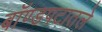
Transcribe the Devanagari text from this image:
बॉण्डपटातले